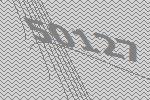
50127